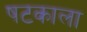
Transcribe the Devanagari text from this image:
षटकाला